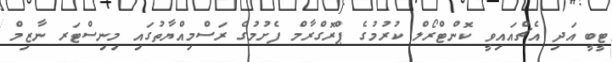
ޓީބީ އަދި އެޗްއައިވީ ކޮންޓްރޯލް ކުރުމުގެ ޕްރޮގްރާމް ފެށުމުގެ ރަސްމިއްޔާތުގައި މިނިސްޓަރ ނާޒިމް